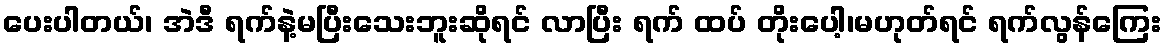
ပေးပါတယ်၊ အဲဒီ ရက်နဲ့မပြီးသေးဘူးဆိုရင် လာပြီး ရက် ထပ် တိုးပေါ့၊မဟုတ်ရင် ရက်လွန်ကြေး